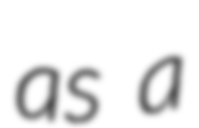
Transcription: as a